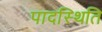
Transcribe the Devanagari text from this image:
पादस्थिति